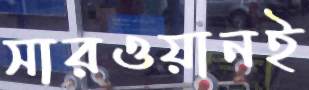
সারওয়ানই